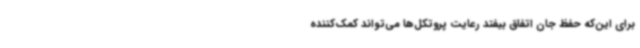
برای این‌که حفظ جان اتفاق بیفتد رعایت پروتکل‌ها می‌تواند کمک‌کننده